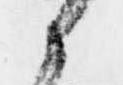
候